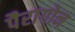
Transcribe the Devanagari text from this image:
पैरागोन